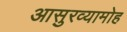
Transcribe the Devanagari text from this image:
आसुरव्यामोह